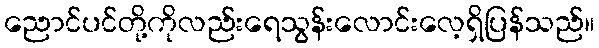
ညောင်ပင်တို့ကိုလည်းရေသွန်းလောင်းလေ့ရှိပြန်သည်။